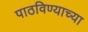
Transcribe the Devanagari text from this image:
पाठविण्याच्या